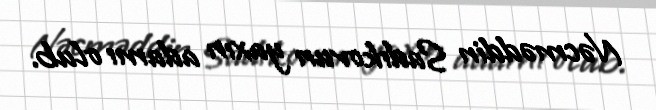
Nəcməddin Sadıkovun yaxın adamı olub.